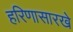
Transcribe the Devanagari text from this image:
हरिणासारखे